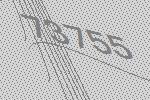
73755